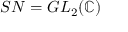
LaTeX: S N = G L _ { 2 } ( \mathbb { C } )